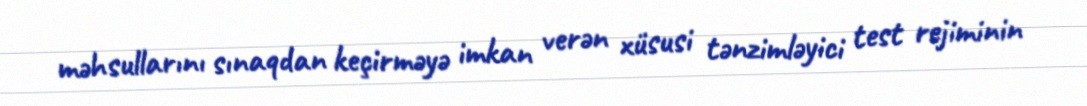
məhsullarını sınaqdan keçirməyə imkan verən xüsusi tənzimləyici test rejiminin